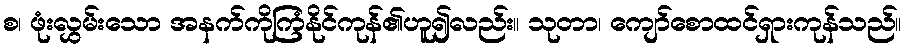
စ၊ ဖုံးလွှမ်းသော အနက်ကိုကြံနိုင်ကုန်၏ဟူ၍လည်း။ သုတာ၊ ကျော်စောထင်ရှားကုန်သည်။